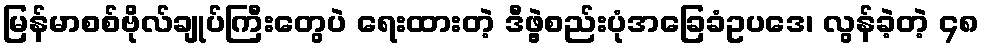
မြန်မာစစ်ဗိုလ်ချုပ်ကြီးတွေပဲ ရေးထားတဲ့ ဒီဖွဲ့စည်းပုံအခြေခံဥပဒေ၊ လွန်ခဲ့တဲ့ ၄၈